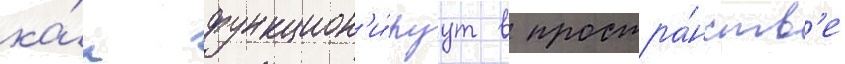
ка́к функцион'и́руут в простра́нств'е